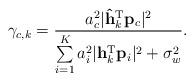
LaTeX: \begin{align*} \gamma_{c,k}&=\frac{a_c^2\lvert \mathbf{\hat{h}}_k^{\textrm{T}}\mathbf{p}_c\rvert^2}{\sum\limits_{i=1}^K a_i^2\lvert \mathbf{h}_k^{\textrm{T}}\mathbf{p}_i\rvert^2+\sigma_w^2}.\end{align*}